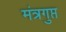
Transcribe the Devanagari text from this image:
मंत्रगुप्त